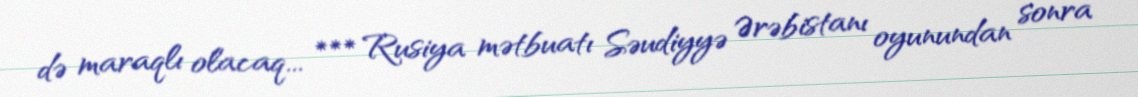
də maraqlı olacaq... *** Rusiya mətbuatı Səudiyyə Ərəbistanı oyunundan sonra